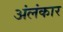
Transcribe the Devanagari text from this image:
अंलंकार